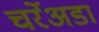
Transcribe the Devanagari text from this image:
चर्रेअडा